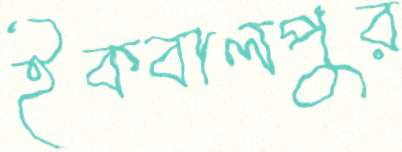
ইকবালপুর